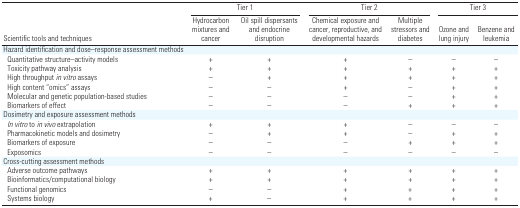
<table><thead><tr><td rowspan="2"><b>Scientific tools and techniques</b></td><td colspan="2"><b>Tier 1</b></td><td colspan="2"><b>Tier 2</b></td><td colspan="2"><b>Tier 3</b></td></tr><tr><td><b>Hydrocarbon mixtures and cancer</b></td><td><b>Oil spill dispersants and endocrine disruption</b></td><td><b>Chemical exposure and cancer, reproductive, and developmental hazards</b></td><td><b>Multiple stressors and diabetes</b></td><td><b>Ozone and lung injury</b></td><td><b>Benzene and leukemia</b></td></tr></thead><tbody><tr><td><b>Hazard identification and dose–response assessment methods</b></td></tr><tr><td><b>Quantitative structure–activity models</b></td><td>+</td><td>+</td><td>+</td><td>–</td><td>–</td><td>–</td></tr><tr><td><b>Toxicity pathway analysis</b></td><td>+</td><td>+</td><td>+</td><td>+</td><td>+</td><td>+</td></tr><tr><td><b>High throughput <i>in vitro</i> assays</b></td><td>–</td><td>+</td><td>+</td><td>+</td><td>+</td><td>+</td></tr><tr><td><b>High content “omics” assays</b></td><td>–</td><td>–</td><td>+</td><td>–</td><td>+</td><td>+</td></tr><tr><td><b>Molecular and genetic population-based studies</b></td><td>–</td><td>–</td><td>–</td><td>–</td><td>+</td><td>+</td></tr><tr><td><b>Biomarkers of effect</b></td><td>–</td><td>–</td><td>–</td><td>+</td><td>+</td><td>+</td></tr><tr><td><b>Dosimetry and exposure assessment methods</b></td></tr><tr><td><b><i>In vitro</i> to <i>in vivo</i> extrapolation</b></td><td>+</td><td>+</td><td>+</td><td>–</td><td>–</td><td>–</td></tr><tr><td><b>Pharmacokinetic models and dosimetry</b></td><td>–</td><td>+</td><td>+</td><td>–</td><td>+</td><td>+</td></tr><tr><td><b>Biomarkers of exposure</b></td><td>–</td><td>–</td><td>–</td><td>+</td><td>+</td><td>+</td></tr><tr><td><b>Exposomics</b></td><td>–</td><td>–</td><td>–</td><td>–</td><td>–</td><td>–</td></tr><tr><td><b>Cross-cutting assessment methods</b></td></tr><tr><td><b>Adverse outcome pathways</b></td><td>+</td><td>+</td><td>+</td><td>+</td><td>+</td><td>+</td></tr><tr><td><b>Bioinformatics/computational biology</b></td><td>+</td><td>+</td><td>+</td><td>+</td><td>+</td><td>+</td></tr><tr><td><b>Functional genomics</b></td><td>–</td><td>–</td><td>+</td><td>+</td><td>+</td><td>+</td></tr><tr><td><b>Systems biology</b></td><td>+</td><td>–</td><td>+</td><td>+</td><td>+</td><td>+</td></tr></tbody></table>